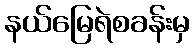
နယ်မြေရဲစခန်းမှ